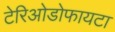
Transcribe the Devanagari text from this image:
टेरिओडोफायटा